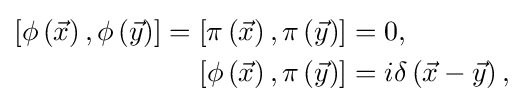
{\begin{aligned}\left[\phi \left({\vec {x}}\right),\phi \left({\vec {y}}\right)\right]=\left[\pi \left({\vec {x}}\right),\pi \left({\vec {y}}\right)\right]&=0,\\\left[\phi \left({\vec {x}}\right),\pi \left({\vec {y}}\right)\right]&=i\delta \left({\vec {x}}-{\vec {y}}\right),\end{aligned}}